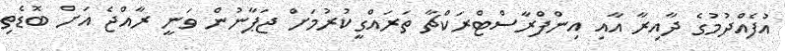
އުފެއްދުމުގެ ދާއިރާ އާއި އިންފްރާސްޓްރަކްޗާ ތަރައްގީކުރުމަށް ޖަޕާނުން ވަނީ ރާއްޖެ އަށް ބޮޑެތި